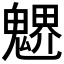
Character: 𩳻